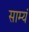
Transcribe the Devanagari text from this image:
साम्यं